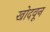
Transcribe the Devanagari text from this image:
खोदवून